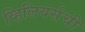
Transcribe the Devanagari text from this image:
व्हिलियर्सची